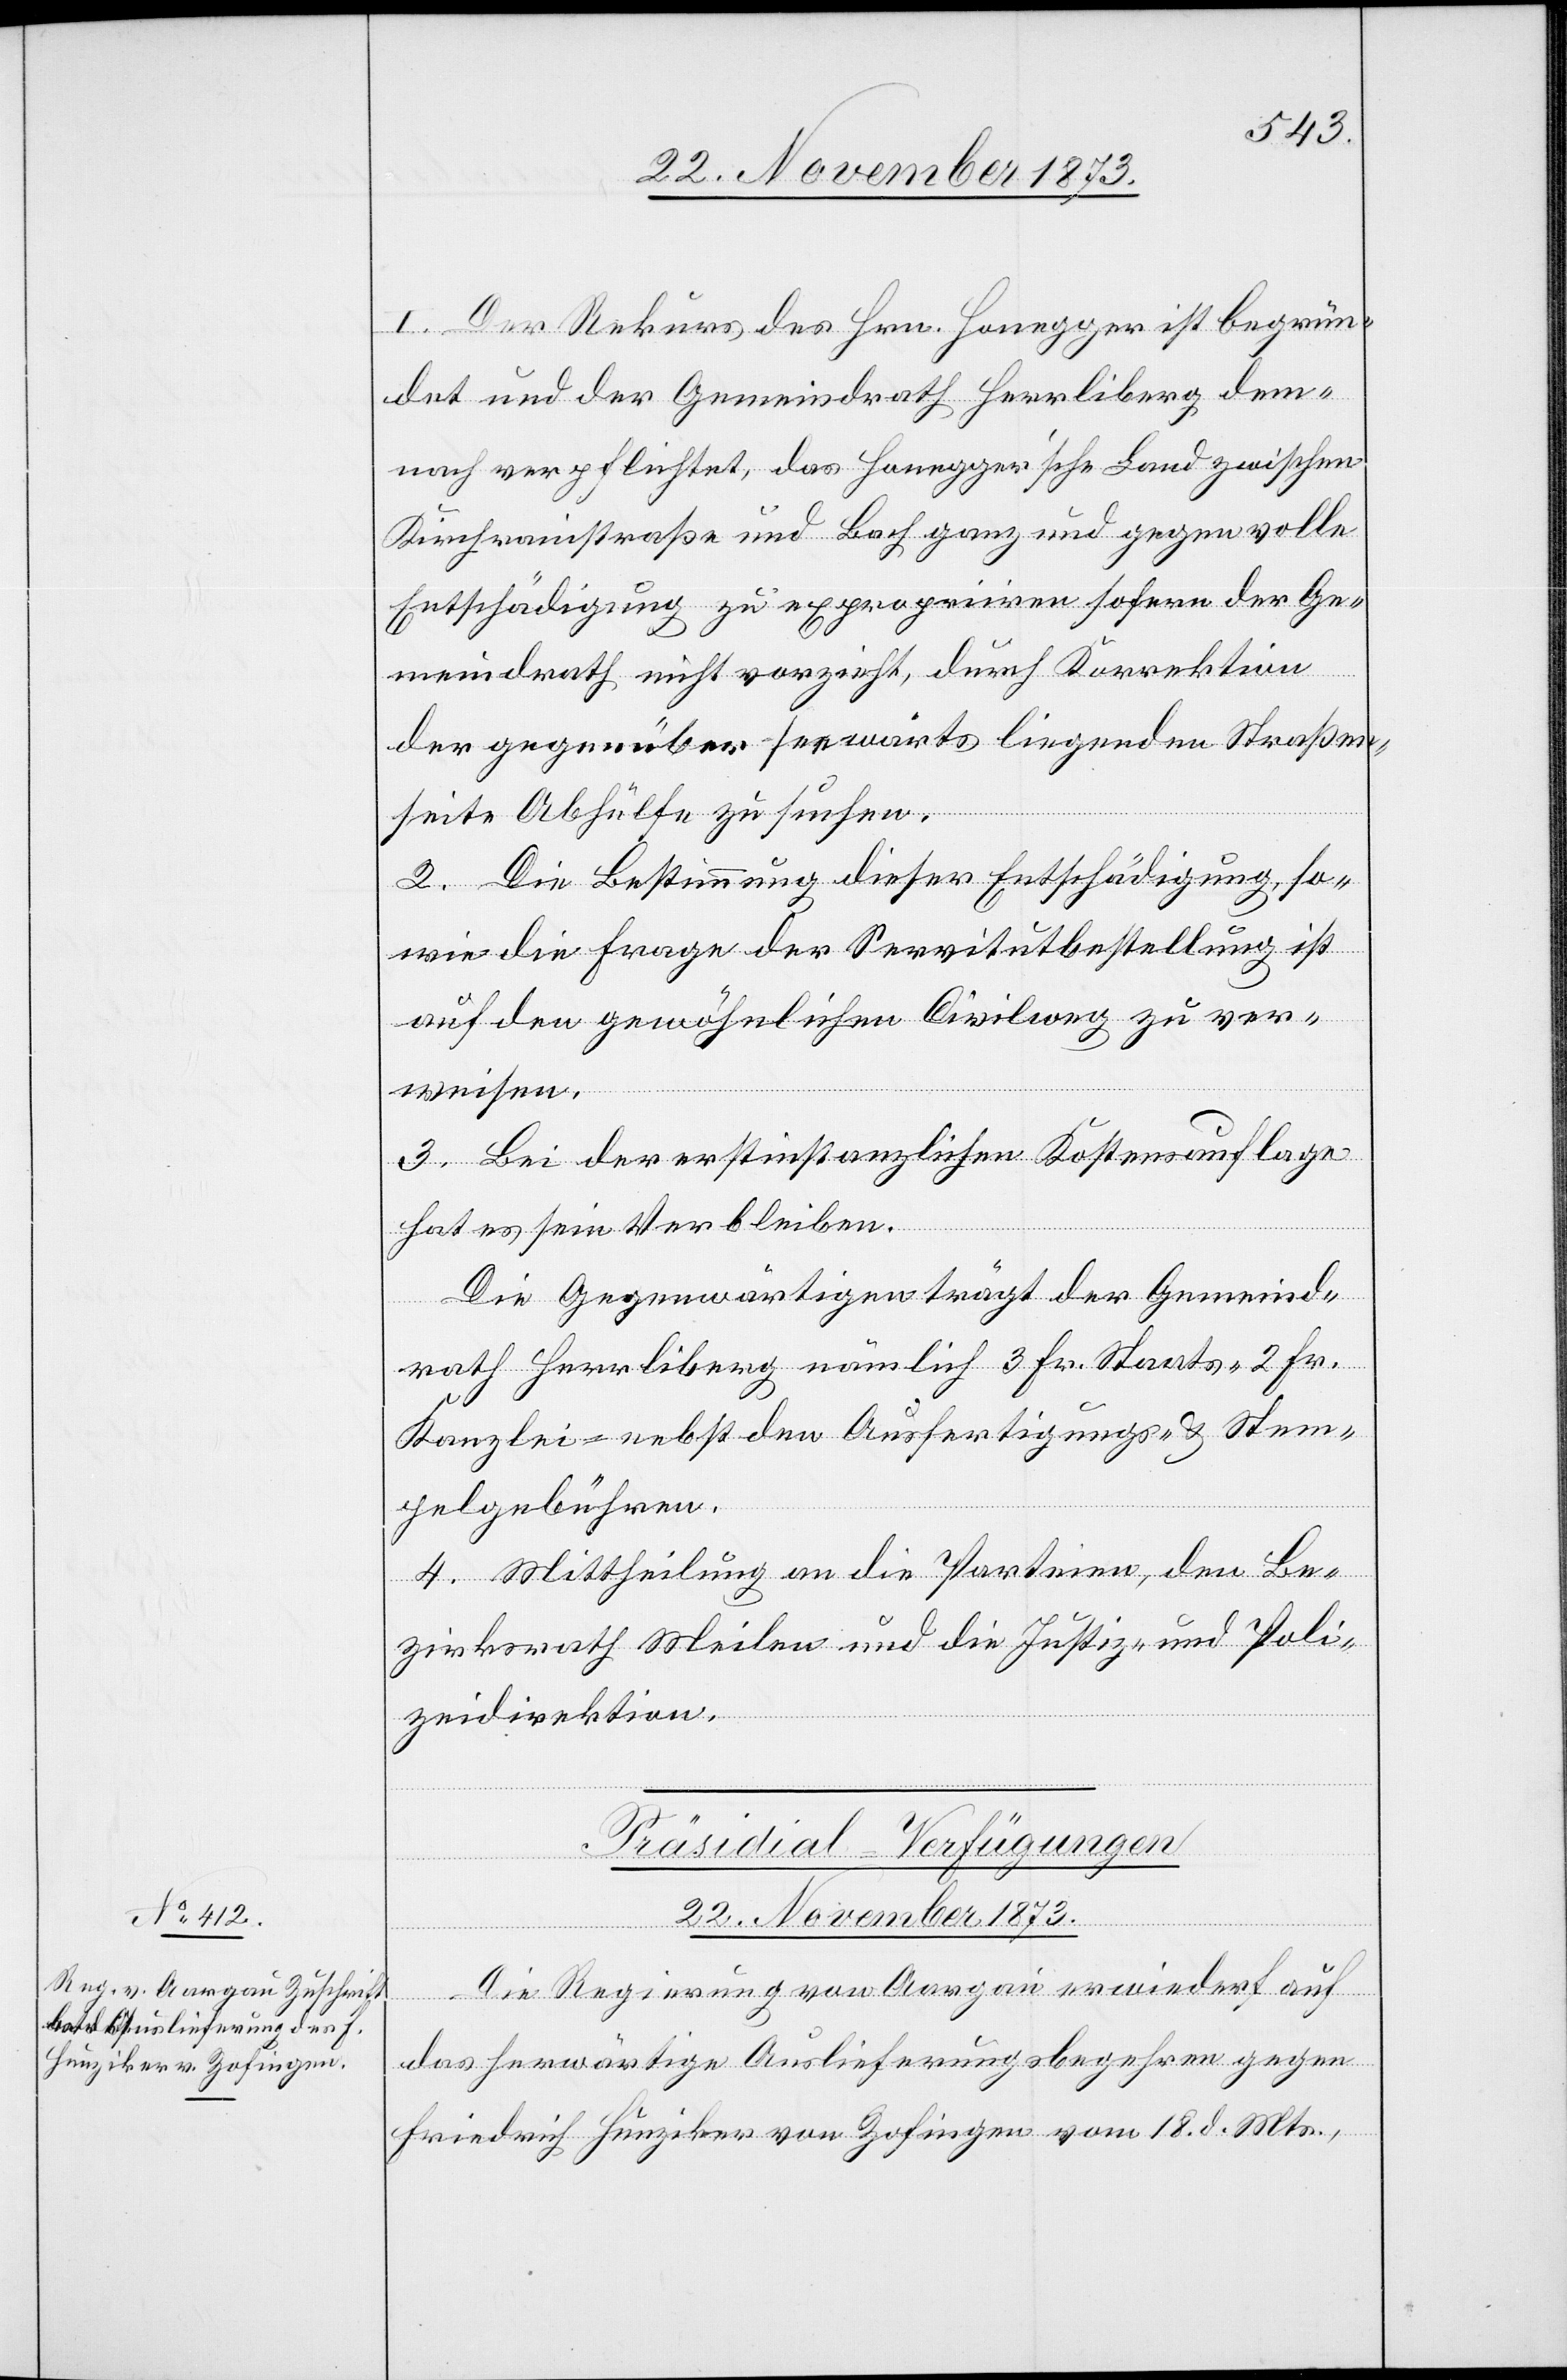
I. Der Rekurs des Hrn. Honegger ist begrün¬
det und der Gemeindrath Herrliberg dem¬
nach verpflichtet, das Honegger’sche Land zwischen
Kirchrainstraße und Bach ganz und gegen volle
Entschädigung zu expropriiren sofern der Ge¬
meindrath nicht vorzieht, durch Korrektion
der gegenüber seewärts liegenden Straßen¬
seite Abhülfe zu suchen.
2. Die Bestimmung dieser Entschädigung, so¬
wie die Frage der Servitutbestellung ist
auf den gewöhnlichen Civilweg zu ver¬
weisen.
3. Bei der erstinstanzlichen Kostensauflage
hat es sein Verbleiben.
Die Gegenwärtigen trägt der Gemeind¬
rath Herrliberg nämlich 3 Fr. Staats- 2 Fr.
Kanzlei- nebst den Ausfertigungs- & Stem¬
pelgebühren.
4. Mittheilung an die Parteien, den Be¬
zirksrath Meilen und die Justiz- & Poli¬
zeidirektion.
Präsidial-Verfügungen
22. November 1873.
ecte:
Die Regierung von Aargau erwiederf [r¬
das herwärtige Auslieferungsbegehren gegen
Friedrich Hunziker von Zofingen vom 18. d. Mts.,